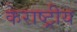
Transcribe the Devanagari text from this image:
केराष्ट्रीय